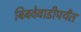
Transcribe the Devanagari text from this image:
बिबवेवाडीपर्यंत